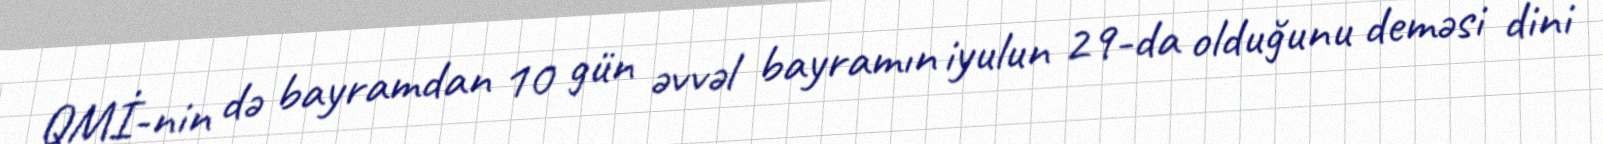
QMİ-nin də bayramdan 10 gün əvvəl bayramın iyulun 29-da olduğunu deməsi dini